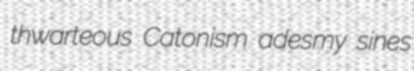
thwarteous Catonism adesmy sines